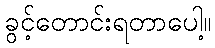
ခွင့်တောင်းရတာပေါ့။